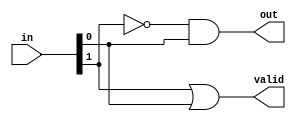
`timescale 1ns / 1ps
//////////////////////////////////////////////////////////////////////////////////
// Company: 
// Engineer: 
// 
// Design Name: 
// Module Name:    LZD_2bit 
// Project Name: 
// Target Devices: 
// Tool versions: 
// Description: 
//
// Dependencies: 
//
// Revision: 
// Revision 0.01 - File Created
// Additional Comments: 
//
//////////////////////////////////////////////////////////////////////////////////
module LZD_2bit( in, out, valid
    );
input [1:0] in;
output reg out;
output reg valid;

initial 
	begin
		out<=0; /* set initial values to zero*/
		valid<=0;
	end
always @(in)  // logic is run when ever there is change in input
	begin
		out<= ~in[1]&in[0];	// output equation for 2 input	
		/* 
		truth table 
		in[0] in[1]  out  valid
		0			0		0		0
		0			1		1		1
		1			0		0		1
		1			1		0		1
		*/
		valid<=in[1]|in[0];
	end
endmodule